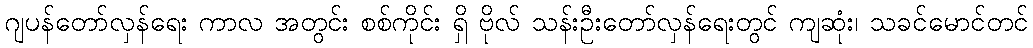
ဂျပန်တော်လှန်ရေး ကာလ အတွင်း စစ်ကိုင်း ရှိ ဗိုလ် သန်းဦးတော်လှန်ရေးတွင် ကျဆုံး၊ သခင်မောင်တင်